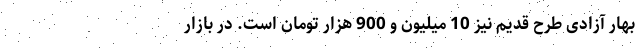
بهار آزادی طرح قدیم نیز 10 میلیون و 900 هزار تومان است. در بازار